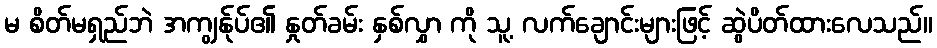
မ စိတ်မရှည်ဘဲ အကျွန်ုပ်၏ နှုတ်ခမ်း နှစ်လွှာ ကို သူ့ လက်ချောင်းများဖြင့် ဆွဲပိတ်ထားလေသည်။